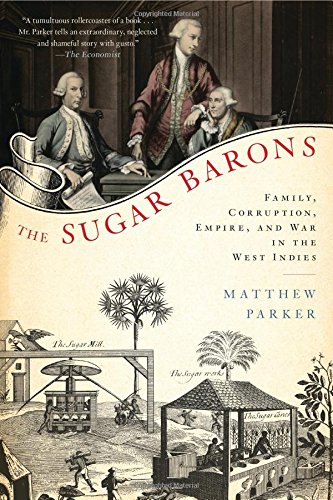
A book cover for The Sugar Barons: Family, Corruption, Empire, and War in the West Indies; Matthew Parker; History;